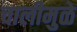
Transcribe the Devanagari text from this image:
चालीमुळे